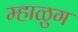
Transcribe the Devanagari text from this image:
म्हाळुग